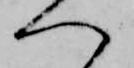
へ